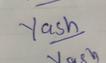
Signature authenticity: genuine